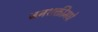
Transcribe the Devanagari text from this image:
जनशक्तीमधे